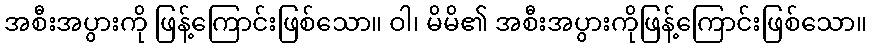
အစီးအပွားကို ဖြန့်ကြောင်းဖြစ်သော။ ဝါ၊ မိမိ၏ အစီးအပွားကိုဖြန့်ကြောင်းဖြစ်သော။